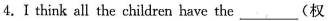
4.I think all the children have the ___（权